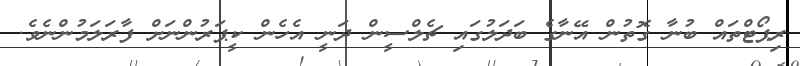
ރިޕޯޓްތައް ބުނާ ގޮތުން އޭނާގެ ބަދަލުގައި ޗެލްސީން ދަނީ އެހެން ކީޕަރުންނަށް ފާރަލަމުންނެވެ.